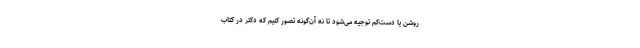
روشن یا دست‌کم توجیه می‌شود تا نه آن‌گونه تصور کنیم که دکتر در کتاب